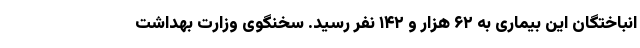
انباختگان این بیماری به ۶۲ هزار و ۱۴۲ نفر رسید. سخنگوی وزارت بهداشت